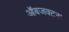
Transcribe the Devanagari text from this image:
ऑबजक्ट्स